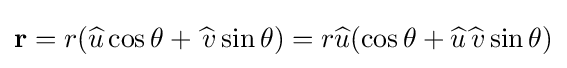
\mathbf {r} =r({\widehat {u}}\cos \theta +{\widehat {\ \!v}}\sin \theta )=r{\widehat {u}}(\cos \theta +{\widehat {u}}{\widehat {\ \!v}}\sin \theta )